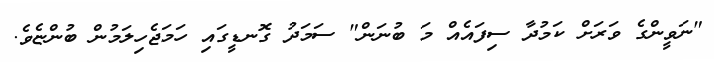
"ނަވީންގެ ވަރަށް ކަމުދާ ސިފައެއް މަ ބުނަން" ސަމަދު ގޮނޑީގައި ހަމަޖެހިލަމުން ބުންޏެވެ.